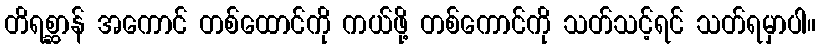
တိရစ္ဆာန် အကောင် တစ်ထောင်ကို ကယ်ဖို့ တစ်ကောင်ကို သတ်သင့်ရင် သတ်ရမှာပါ။